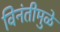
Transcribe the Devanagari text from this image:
विनंतीमुळे